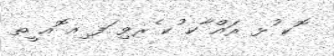
ޮކ ުޅ ރައް ާކ ުކ ެރވި ަފ ިއ ޮއ ީތ